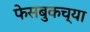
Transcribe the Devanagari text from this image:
फेसबुकच्या